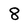
Character: 8